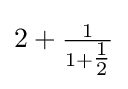
2+{\tfrac {1}{1+{\tfrac {1}{2}}}}